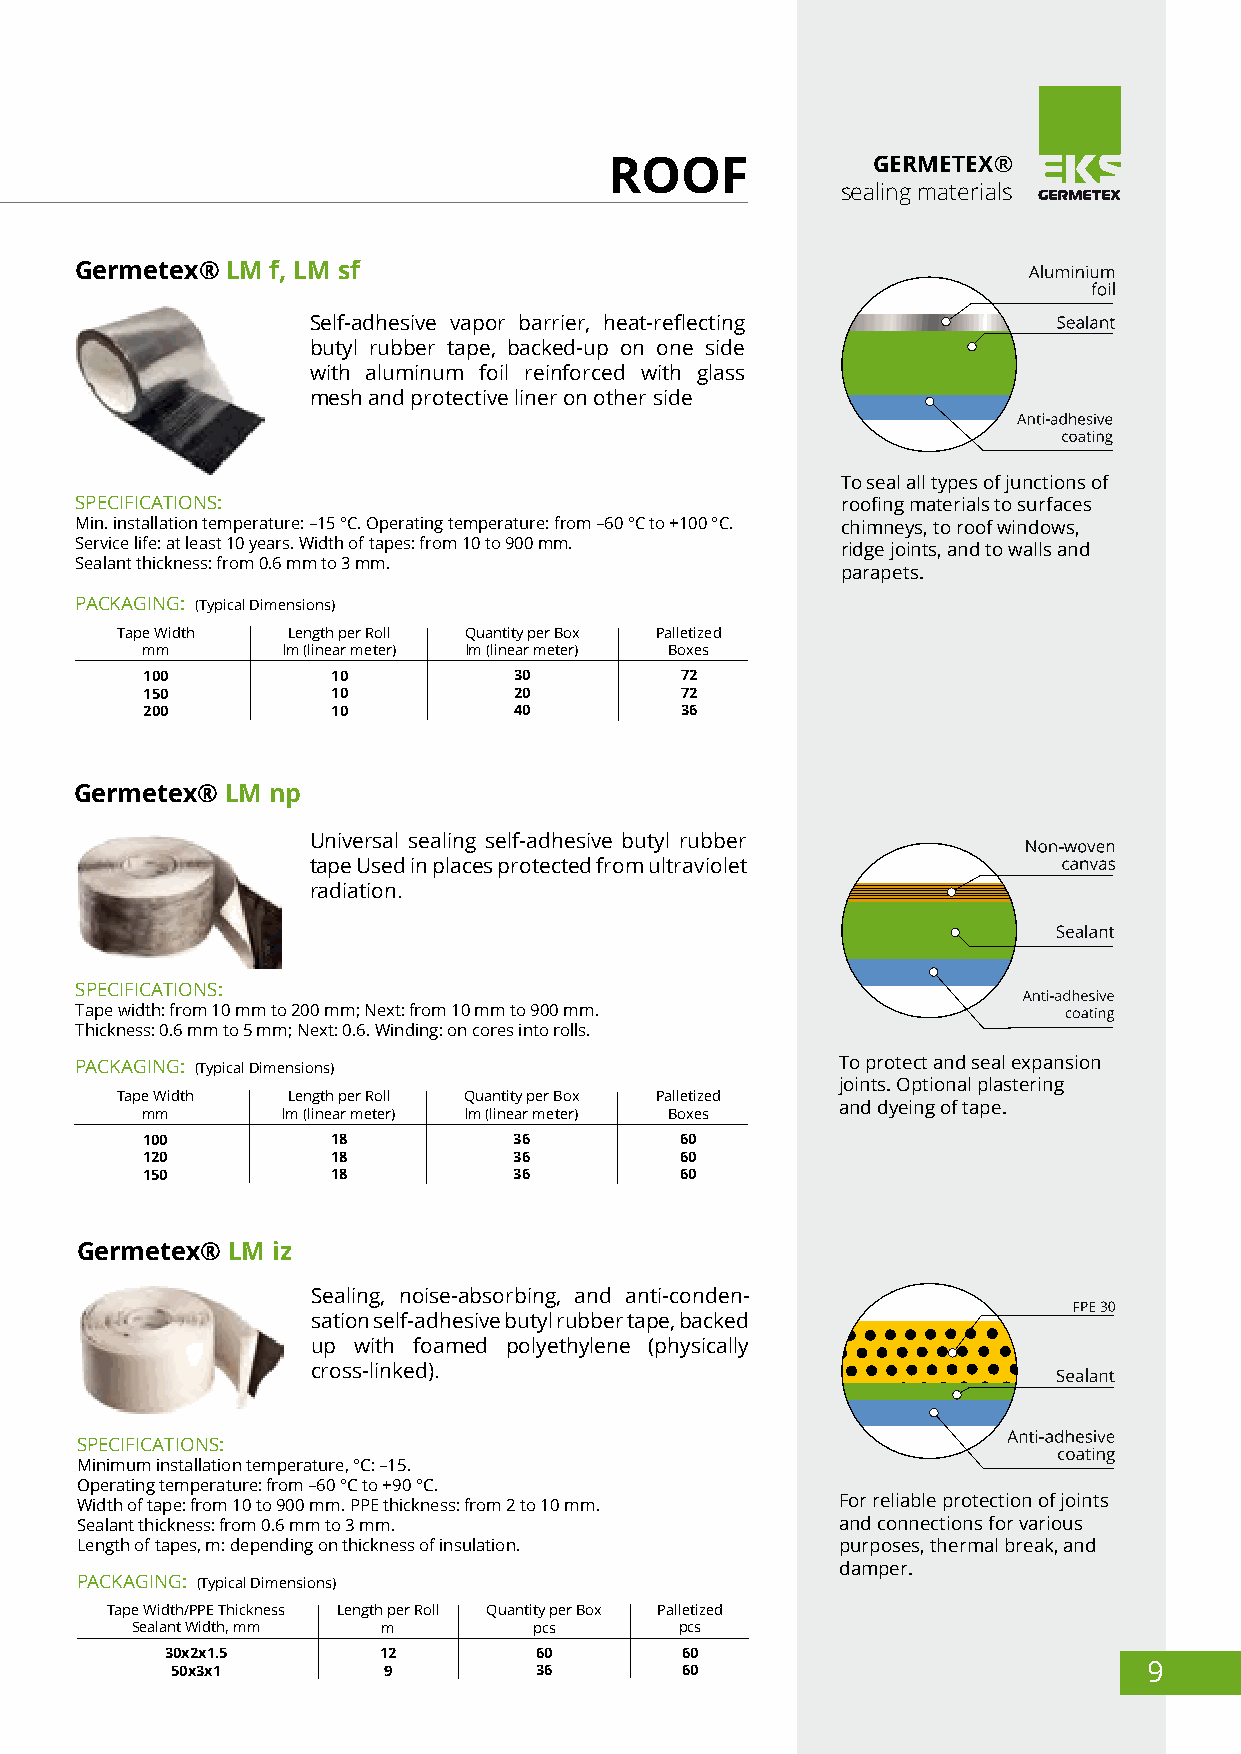
ROOF              GERMETEХ®
 sealing materials
 Germeteх® LM f, LM sf
 Self-adhesive vapor barrier, heat-reflecting
 butyl rubber tape, backed-up on one side
 with aluminum foil reinforced with glass
 mesh and protective liner on other side
 To seal all types of junctions of
 SPECIFICATIONS:                                    roofing materials to surfaces
 Min. installation temperature: –15 °С. Operating temperature: from –60 °С to +100 °С. chimneys, to roof windows,
 Service life: at least 10 years. Width of tapes: from 10 to 900 mm. ridge joints, and to walls and
 Sealant thickness: from 0.6 mm to 3 mm.
 parapets.
 PACKAGING: (Typical Dimensions)
 Tape Width Length per Roll Quantity per Box Palletized
 mm        lm (linear meter) lm (linear meter) Boxes
 100          10          30         72
 150          10          20         72
 200          10          40         36
 Germeteх® LM np
 Universal sealing self-adhesive butyl rubber
 tape Used in places protected from ultraviolet
 radiation.
 SPECIFICATIONS:
 Tape width: from 10 mm to 200 mm; Next: from 10 mm to 900 mm.
 Thickness: 0.6 mm to 5 mm; Next: 0.6. Winding: on cores into rolls.
 PACKAGING: (Typical Dimensions)                    To protect and seal expansion
 joints. Optional plastering
 Tape Width Length per Roll Quantity per Box Palletized
 and dyeing of tape.
 mm        lm (linear meter) lm (linear meter) Boxes
 100          18          36         60
 120          18          36         60
 150          18          36         60
 Germeteх® LM iz
 Sealing, noise-absorbing, and anti-conden-
 sation self-adhesive butyl rubber tape, backed
 up with foamed polyethylene (physically
 cross-linked).
 SPECIFICATIONS:
 Minimum installation temperature, °С: –15.
 Operating temperature: from –60 °С to +90 °С.
 Width of tape: from 10 to 900 mm. PPE thickness: from 2 to 10 mm. For reliable protection of joints
 Sealant thickness: from 0.6 mm to 3 mm.            and connections for various
 Length of tapes, m: depending on thickness of insulation. purposes, thermal break, and
 damper.
 PACKAGING: (Typical Dimensions)
 Tape Width/PPE Thickness Length per Roll Quantity per Box Palletized
 Sealant Width, mm m       pcs       pcs
 30х2х1.5      12        60        60
 50х3х1        9         36        60                             9